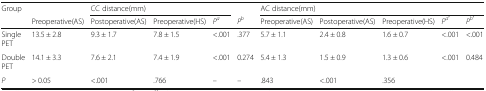
<table><thead><tr><td rowspan="2"><b>Group</b></td><td></td><td colspan="3"><b>CC distance(mm)</b></td><td></td><td colspan="5"><b>AC distance(mm)</b></td></tr><tr><td><b>Preoperative(AS)</b></td><td><b>Postoperative(AS)</b></td><td><b>Preoperative(HS)</b></td><td><b><i>P</i><sup><i>a</i></sup></b></td><td><b><i>P</i><sup><i>b</i></sup></b></td><td><b>Preoperative(AS)</b></td><td><b>Postoperative(AS)</b></td><td><b>Preoperative(HS)</b></td><td><b><i>P</i><sup><i>a′</i></sup></b></td><td><b><i>P</i><sup><i>b′</i></sup></b></td></tr></thead><tbody><tr><td>Single PET</td><td>13.5 ± 2.8</td><td>9.3 ± 1.7</td><td>7.8 ± 1.5</td><td>&lt;.001</td><td>.377</td><td>5.7 ± 1.1</td><td>2.4 ± 0.8</td><td>1.6 ± 0.7</td><td>&lt;.001</td><td>&lt;.001</td></tr><tr><td>Double PET</td><td>14.1 ± 3.3</td><td>7.6 ± 2.1</td><td>7.4 ± 1.9</td><td>&lt;.001</td><td>0.274</td><td>5.4 ± 1.3</td><td>1.5 ± 0.9</td><td>1.3 ± 0.6</td><td>&lt;.001</td><td>0.484</td></tr><tr><td><i>P</i></td><td>&gt; 0.05</td><td>&lt;.001</td><td>.766</td><td>–</td><td>–</td><td>.843</td><td>&lt;.001</td><td>.356</td><td></td><td></td></tr></tbody></table>